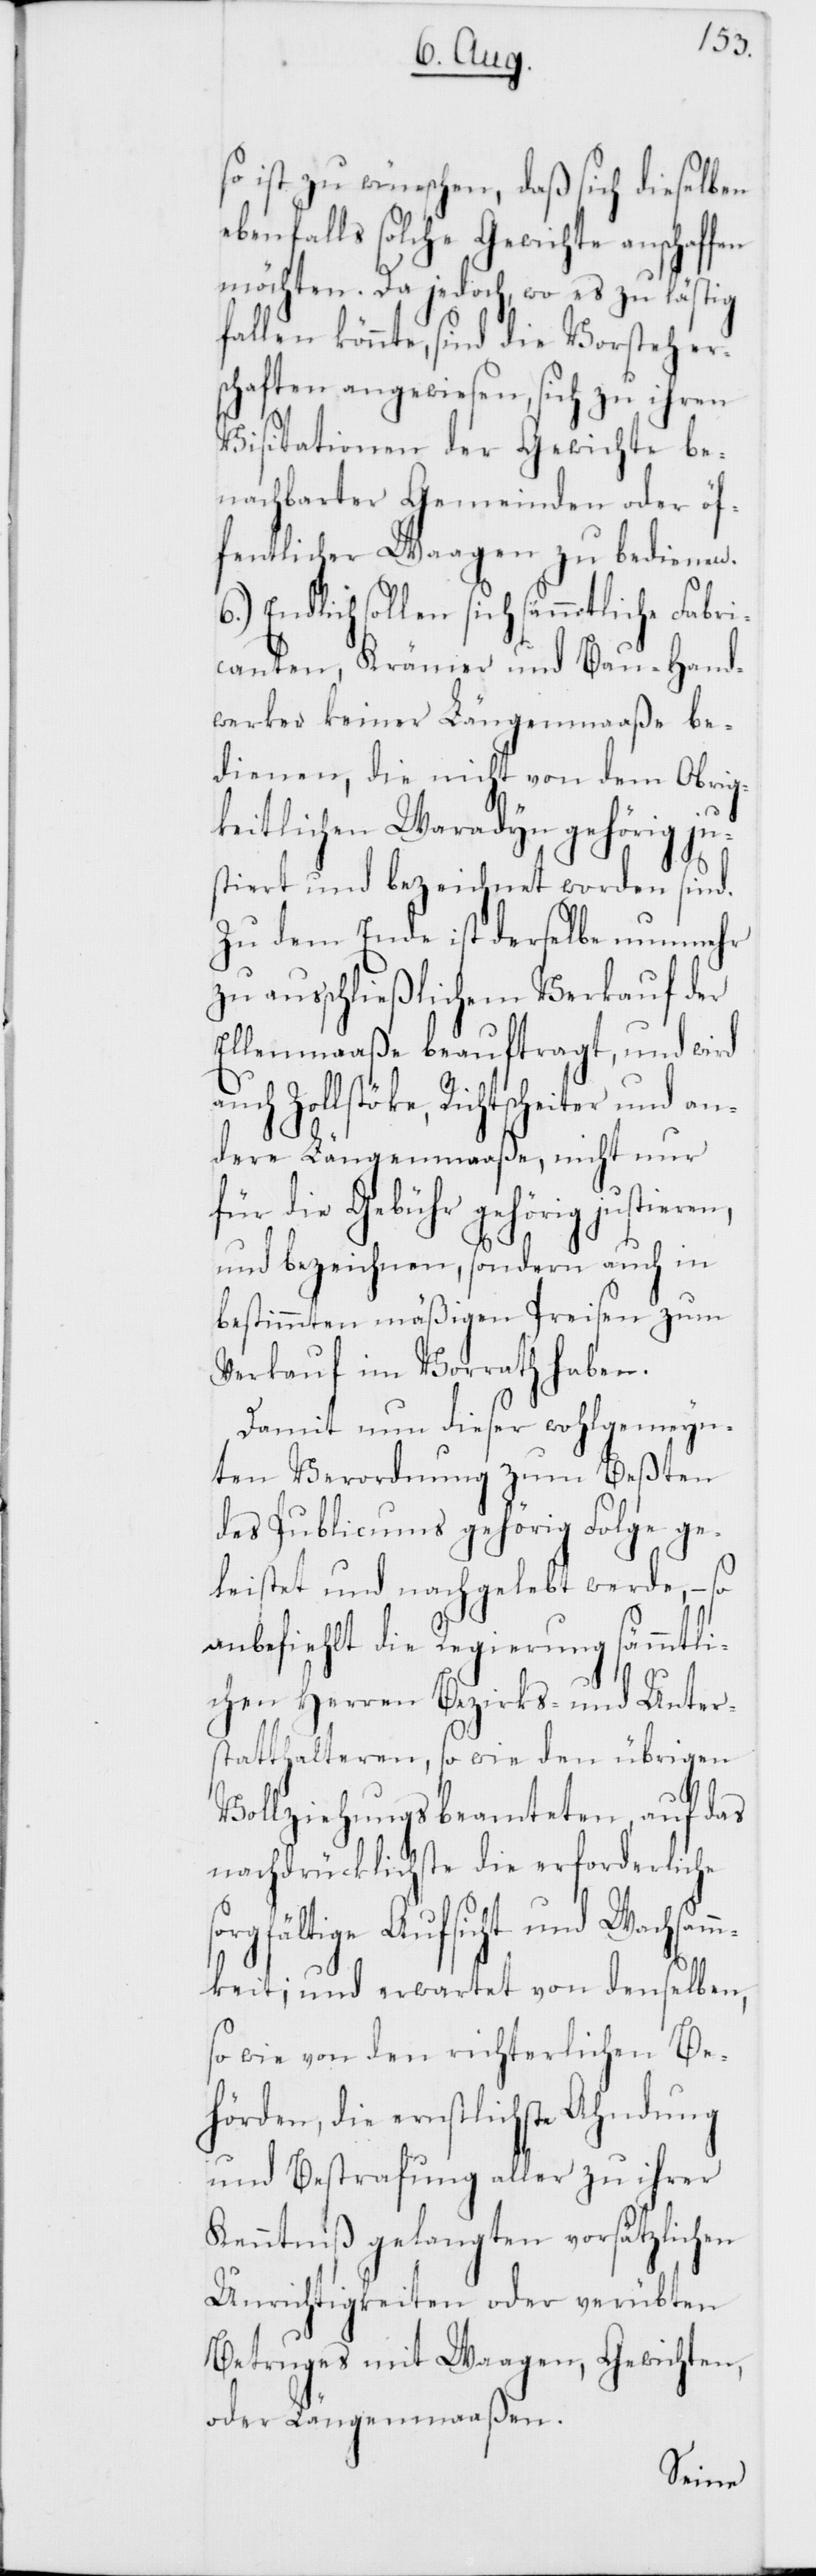
so ist zu wünschen, daß sich dieselben
ebenfalls solche Gewichte anschaffen
möchten. Da jedoch, wo es zu lästig
fallen könnte, sind die Vorsteher¬
schaften angewiesen, sich zu ihren
Visitationen der Gewichte be¬
nachbarter Gemeinden oder öf¬
fentlicher Waagen zu bedienen.
Endlich sollen sich sämmtliche Fabri¬
canten, Krämer und Bau-Hand¬
werker keiner Längenmaaße be¬
dienen, die nicht von dem Obrig¬
keitlichen Waradyn gehörig ju¬
stiert und bezeichnet worden sind.
Zu dem Ende ist derselbe nunmehr
zu ausschließlichem Verkauf der
Ellenmaaße beauftragt, und wird
Zollstöcke, Richtscheiter und an¬
dere Längenmaaße, nicht nur
für die Gebühr gehörig justiere¬
und bezeichnen, sondern auch in
bestimmten mäßigen Preisen zum
Verkauf im Vorrath haben.
Damit nun dieser wohlgemeyn¬
ten Verordnung zum Beßten
des Publicums gehörig Folge ge¬
leistet und nachgelebt werde, – so
anbefiehlt die Regierung sämmtli¬
s¬
chen Herren Bezirks- und Unter¬
statthalteren, so wie den übrigen
Vollziehungsbeamteten, auf das
nachdrücklichste die erforderliche
orgfältige Aufsicht und Wachsamm¬
keit; und erwartet von denselben,
sowie von den richterlichen Be¬
hörden, die ernstlichste Ahndung
und Bestrafung aller zu ihrer
Kenntniß gelangten vorsätzlichen
Unrichtigkeiten oder verübten
Betruges mit Waagen, Gewichten
oder Längenmaaßen.